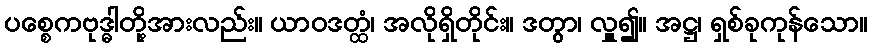
ပစ္စေကဗုဒ္ဓါတို့အားလည်း။ ယာဝဒတ္ထံ၊ အလိုရှိတိုင်း။ ဒတွာ၊ လှူ၍။ အဋ္ဌ၊ ရှစ်ခုကုန်သော။